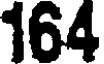
164